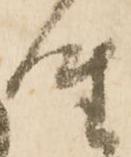
座